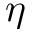
\eta